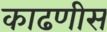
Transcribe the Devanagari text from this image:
काढणीस